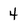
Character: 4